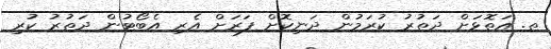
ތ. އަތޮޅަށް ދަތުރު ކުރަމުން ދަނިކޮށް ފަރަށް އެރި އެބޯޓުން ދަތުރު ކުރި